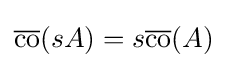
{\overline {\operatorname {co} }}(sA)=s{\overline {\operatorname {co} }}(A)